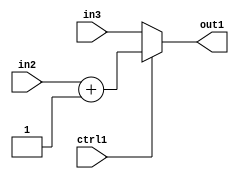
`timescale 1ps / 1ps
/*****************************************************************************
    Verilog RTL Description
    
    
    Created by: CellMath Designer 2019.1.01 
*******************************************************************************/

module float2fix_MuxAdd2i1s32u32u1_1 (
	in3,
	in2,
	ctrl1,
	out1
	); /* architecture "behavioural" */ 
input [31:0] in3,
	in2;
input  ctrl1;
output [31:0] out1;
wire [31:0] asc001,
	asc003;

assign asc003 = 
	+(in2)
	+(32'B00000000000000000000000000000001);

reg [31:0] asc001_tmp_0;
assign asc001 = asc001_tmp_0;
always @ (ctrl1 or asc003 or in3) begin
	case (ctrl1)
		1'B1 : asc001_tmp_0 = asc003 ;
		default : asc001_tmp_0 = in3 ;
	endcase
end

assign out1 = asc001;
endmodule

/* CADENCE  v7X3Sw4= : u9/ySgnWtBlWxVPRXgAZ4Og= ** DO NOT EDIT THIS LINE ******/